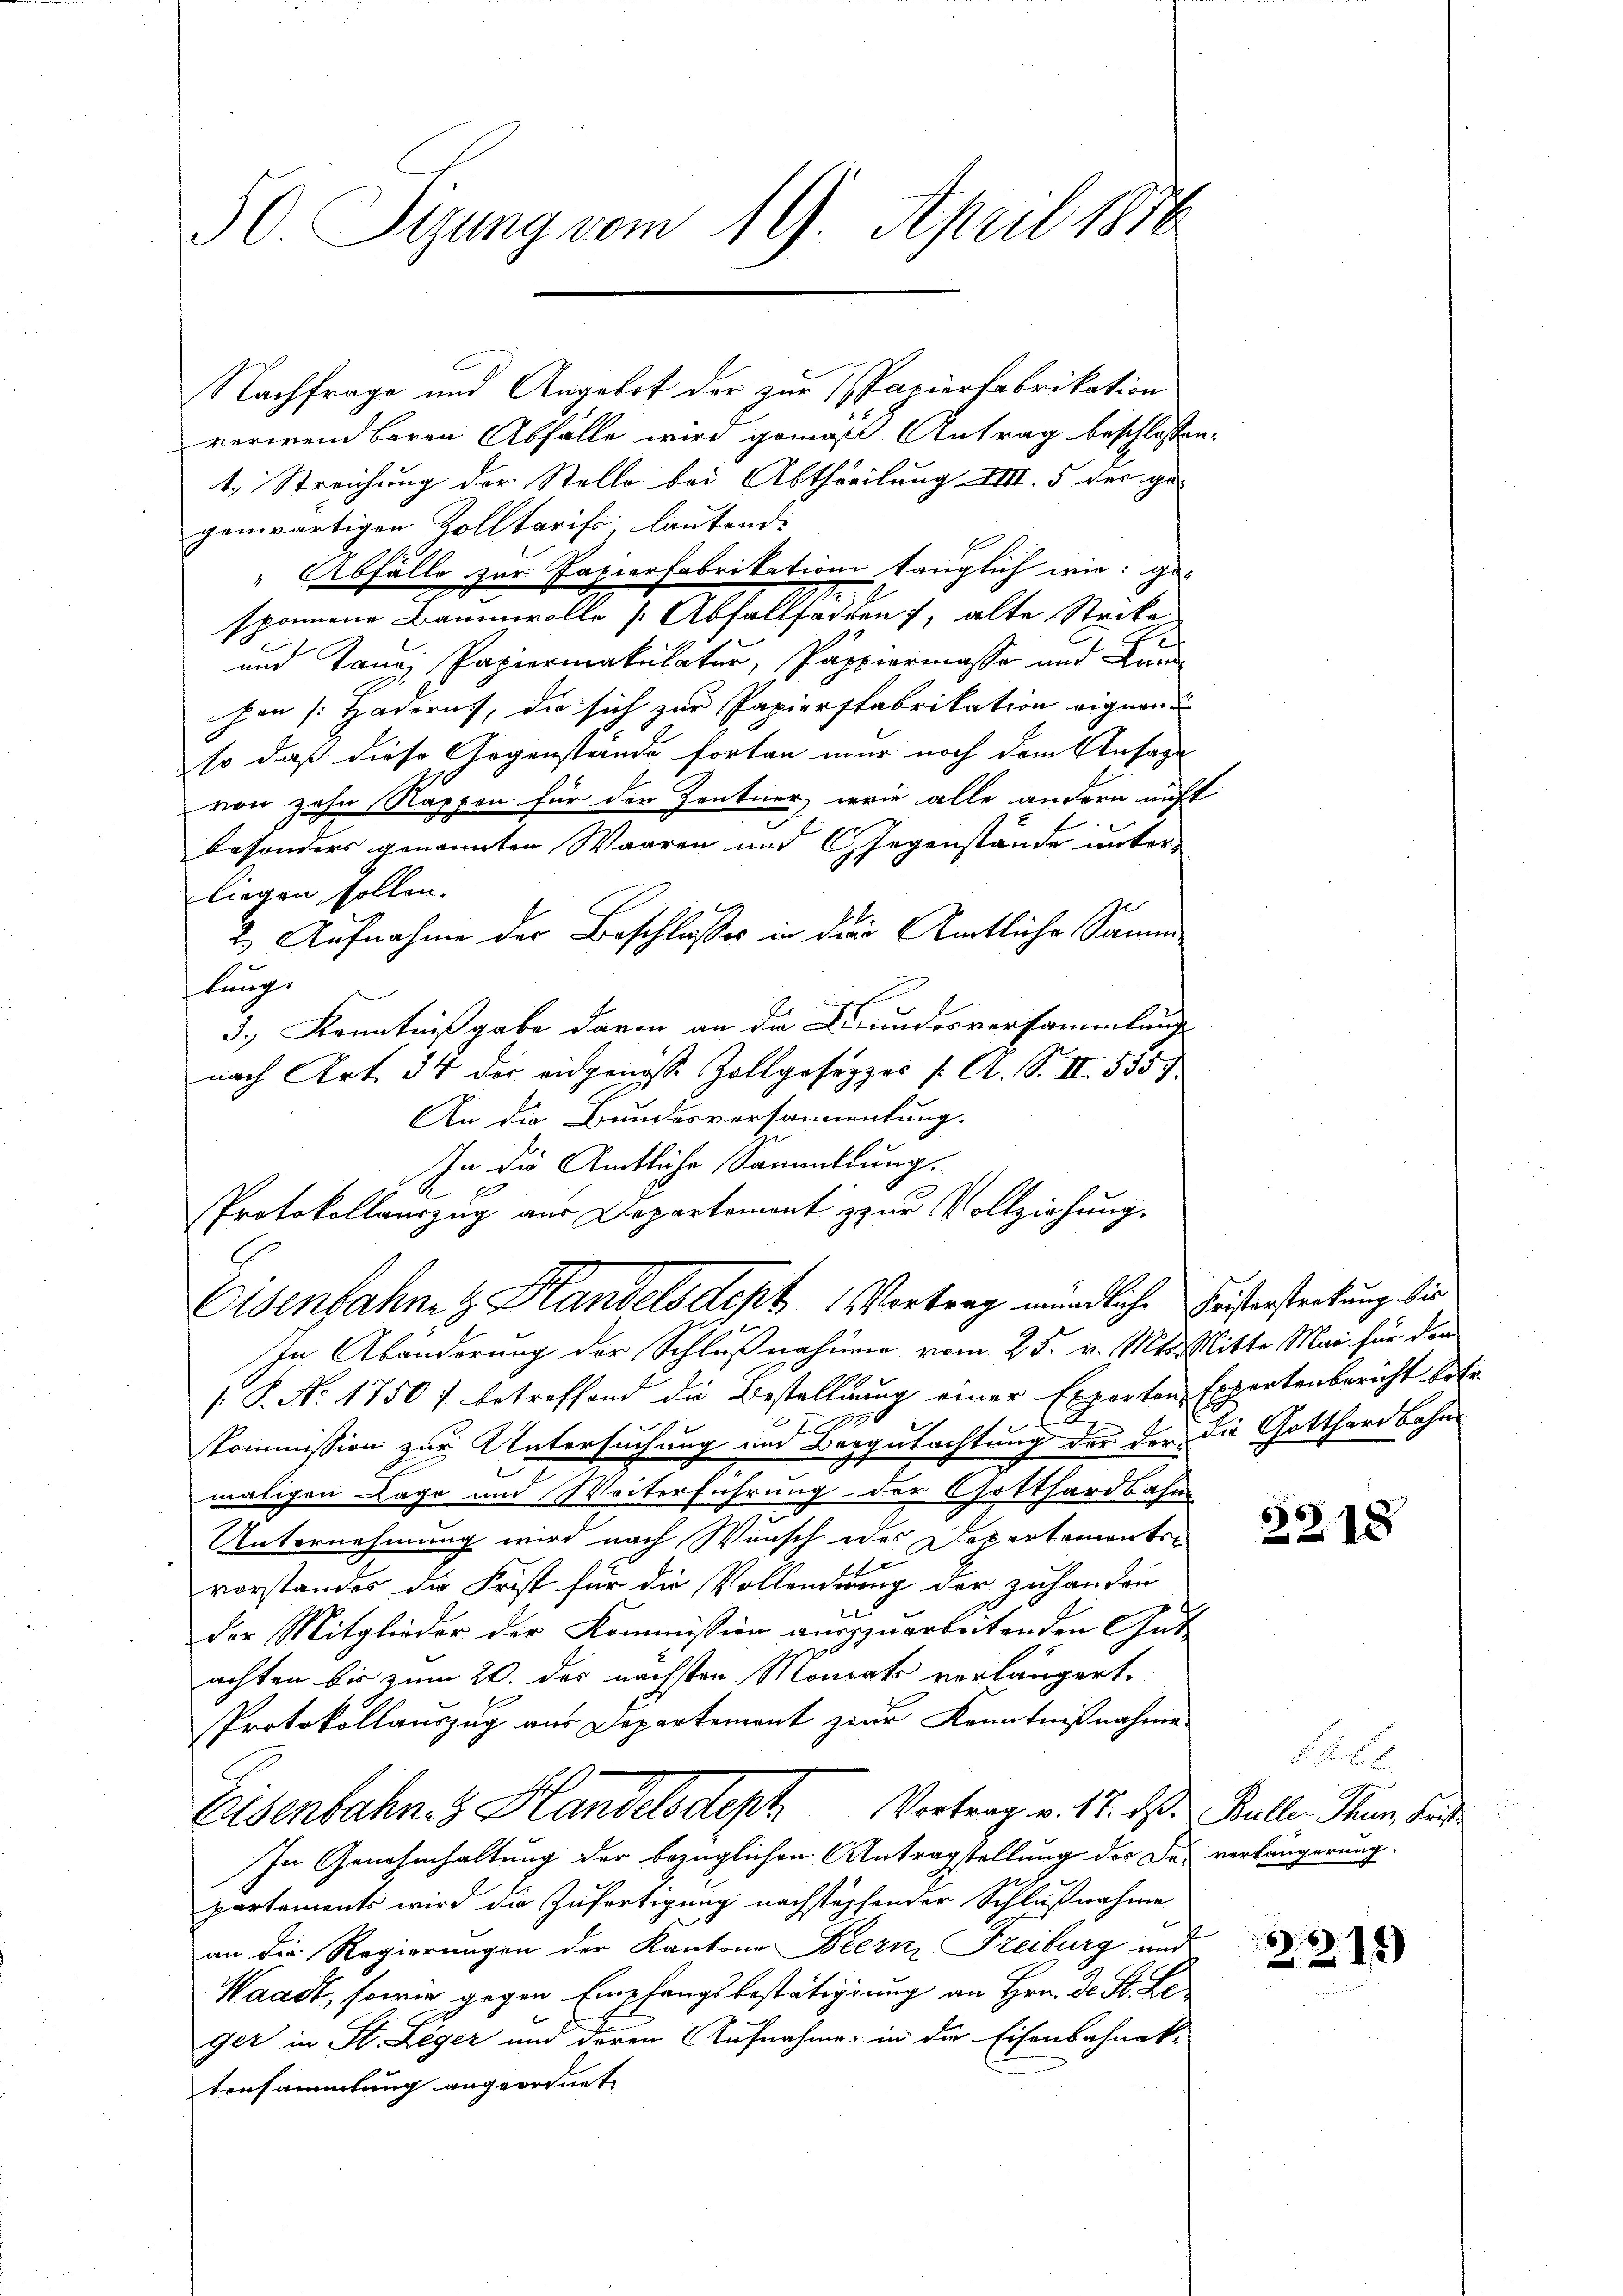
30. Segung vom 19. April 1878

Nachfrage und Angebot der zur Papierfabrikation
verwendbaren Abfalle wird gemäß Antrag beschlossen
1. Streichung der Stelle bei Abtheilung IIII. 5 der gegenwärtigen Zolltarifs, lautend:
"Abfälle zur Papierfabrikation tauglich wie ge-
sponnene Baumwolle [Abfallforden, alte Stecke
u
und Tanz Papiermakulatur, Pappiermasse und Lan
hen (Haderns, die sich zur Papiersfabrikation eignen
so daß diese Gegenstände fortan nur noch dem Ansage
von zehn Rappen für der Zentner, wie alle andern nicht
besonders genannten Waaren und CGegenstände unter-
liegen sollen.
2
2. Aufnahme der Beschlußes in der Amtliche Sammslange
3., Kenntnißgabe davon an die Bunderversammlung
nach Art. 34 der eidgenöss Zollgesetzes s. A. B. II 535.
An die Bundesversammlung.
In Abänderung der Schlußnahmen vom 25. v. Mts. Mitte Mai für die
[P. Nr. 1750) betreffend die Bestellung einer Experten-
I 10
Kommission zur Untersuchung und Beggutachtung der der die Gotthardbahnmaligen Lage und Weiterführung der Gotthardbahn
Unternehmung wird nach Wunsch des Departementsvorstandes die Frist für die Vollendnung der zuhander
der Mitglieder der Kommission auszuarbeitenden Gut
achten bis zum 20. der nächsten Monats verlängert,
Protokollauszug aus Departement zwar Kenntnißnahme
Eisenbahn. Handelsdept Vortrag v. 12. ds.
In Genehmhaltung der bezüglichen Antragstellung des De-
partements wird die Zufertigung nachstöpfender Schlußnahme
an die Regierungen der Kantone Bern, Freiburg und
Waadt, sowie gegen Empfangsbestätigung an Hrn. Dr. St. Le
ger in St. Leger und deren Aufnahme in die Eisenbahnak-
tensammlung angeordnet

In die Amtliche Sammlung.
Protokollauszug aus Departemont zur Vollziehung.
Eisenfahnen Handelsacht Vortrag mündliche Leistersteckung bis

Expertenbericht betr

x

32.18

Sitte
Bulle, Thun, Frist
verlängerung.

215)